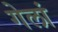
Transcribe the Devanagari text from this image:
गेलां